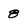
Character: 8